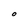
Character: O